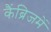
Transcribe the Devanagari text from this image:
कैंब्रिजमें